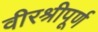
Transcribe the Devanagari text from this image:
वीरश्रीपूर्ण